Leaving Certificate Examination (including Day School Certificate (Higher) General paper), 1930
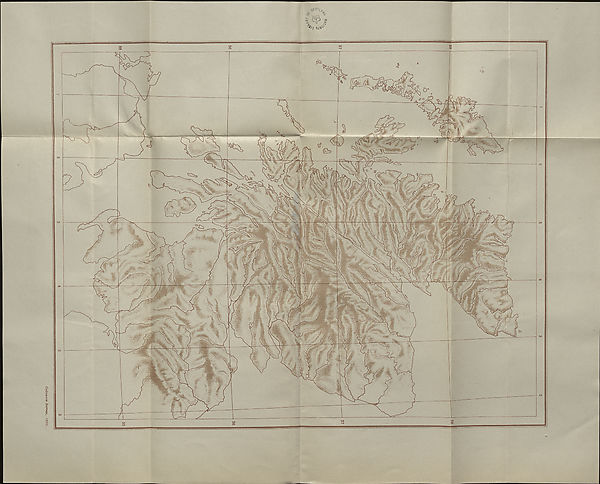
Ordnance Survey, 1930.